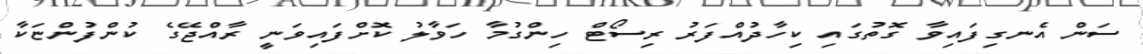
ސަން އެނގިފައިވާ ގޮތުގައި ކިހާދުއްފަރު ރިސޯޓް ހިންގުމާ ހަވާލު ކޮށްފައިވަނީ ރާއްޖޭގެ ކުންފުންޏަކާ